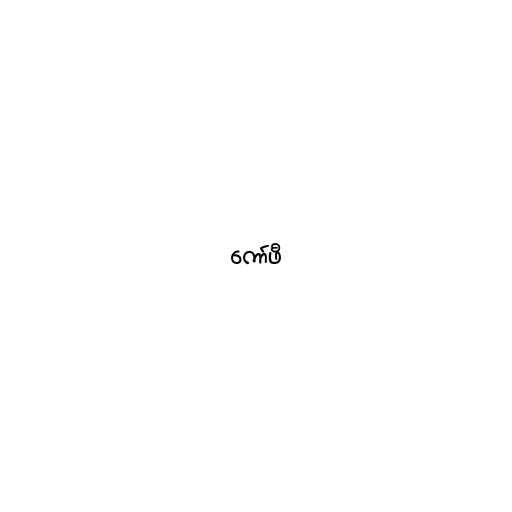
ကော်ဖီ